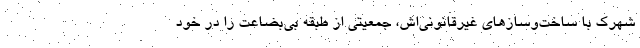
شهرک با ساخت‌وسازهای غیرقانونی‌اش، جمعیتی از طبقه بی‌بضاعت را در خود